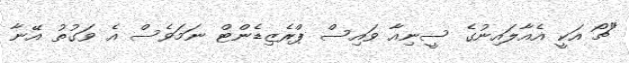
"ޗޯ އަކީ އެއާލައިނުގެ ސީނިއާ ވައިސް ޕްރެޒިޑެންޓް ނަމަވެސް އެ ވަގުތު އޭނާ